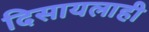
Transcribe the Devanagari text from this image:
दिसायलाही